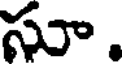
సూ.